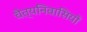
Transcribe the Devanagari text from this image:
चैत्यनिवासियों